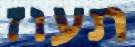
תעוז